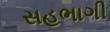
સહભાગી